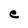
Character: e